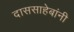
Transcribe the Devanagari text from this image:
दाससाहेबांनी